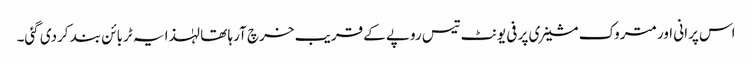
اس پرانی اور متروک مشینری پر فی یونٹ تیس روپے کے قریب خرچ آرہا تھا لہٰذا یہ ٹربائن بند کردی گئی۔